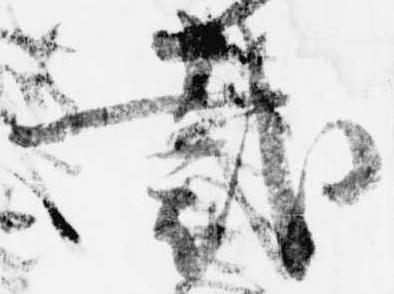
裁